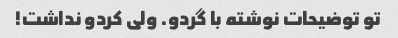
تو توضیحات نوشته با گردو. ولی کردو نداشت!